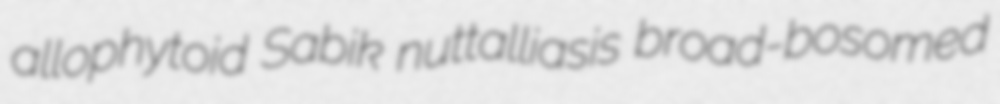
allophytoid Sabik nuttalliasis broad-bosomed